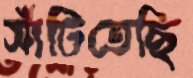
সাঁটিতেছি